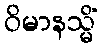
ဝိမာနသ္မိံ